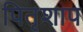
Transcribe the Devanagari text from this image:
पितृशाप